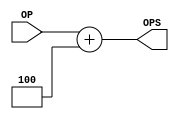
module ADD(
    input [31:0]OP,
    output reg[31:0]OPS    
);

always @* begin
    OPS = OP+8'd4;
end


endmodule